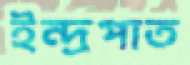
ইন্দ্রপাত